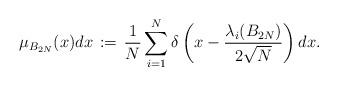
LaTeX: \begin{align*}\mu_{B_{2N}}(x)dx \,\coloneqq\, \frac{1}{N}\sum_{i = 1}^N\delta \left( x - \frac{\lambda_i(B_{2N})}{2\sqrt{N}} \right)dx. \end{align*}